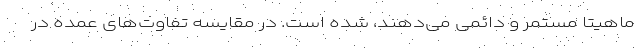
ماهیتاٌ مستمر و دائمی می‌دهند، شده است. در مقایسه تفاوت‌های عمده در